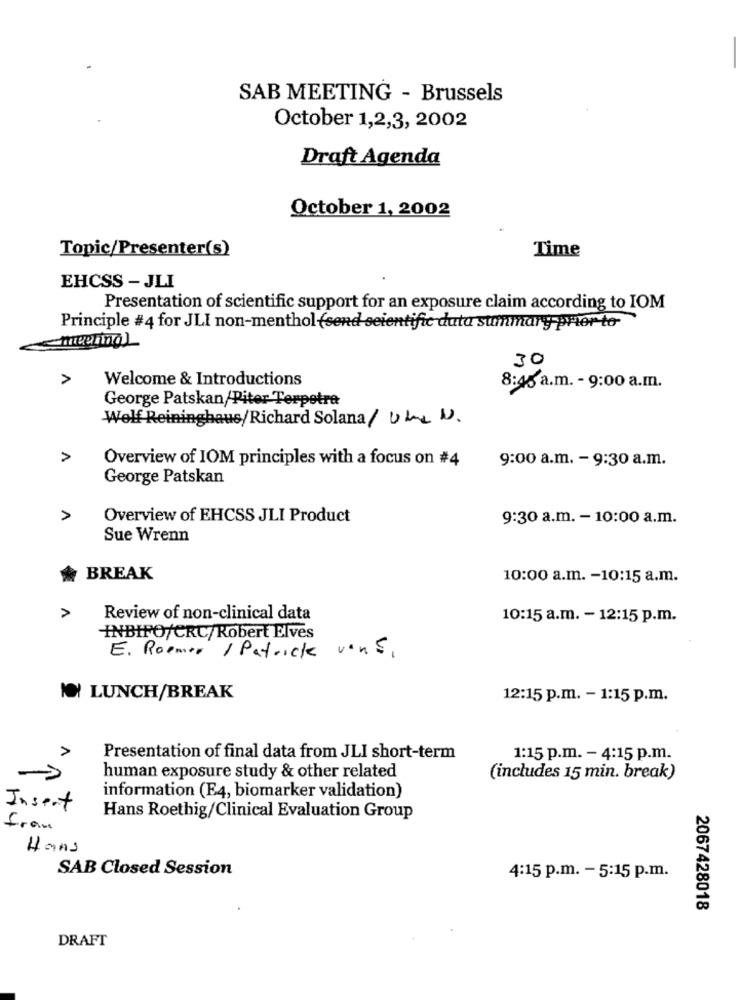
SAB MEETING - Brussels
October 1,2,3, 2002
Draft Agenda
October 1, 2002
Topic/Presenter(s)
Time
EHCSS - JLI
Presentation of scientific support for an exposure claim according to IOM
Principle #4 for JLI non-menthol (send scientific duta summary prior to-
30
>
Welcome & Introductions
8:45 a.m. - 9:00 a.m.
George Patskan/Piter Terpotra
Welf Reininghaus/Richard Solana/ Uke U.
Overview of IOM principles with a focus on #4
9:00 a.m. - 9:30 a.m.
George Patskan
Overview of EHCSS JLI Product
9:30 a.m. - 10:00 a.m.
Sue Wrenn
BREAK
10:00 a.m. - 10:15 a.m.
>
Review of non-clinical data
10:15 a.m. - 12:15 p.m.
INBIFO/CRC/Robert Elves
E. Roemer / Patrick vens,
IO LUNCH/BREAK
12:15 p.m. - 1:15 p.m.
Presentation of final data from JLI short-term
1:15 p.m. - 4:15 p.m.
human exposure study & other related
(includes 15 min. break)
information (E4, biomarker validation)
Insert
Hans Roethig/Clinical Evaluation Group
fram
Hans
SAB Closed Session
4:15 p.m. - 5:15 p.m.
2067428018
DRAFT